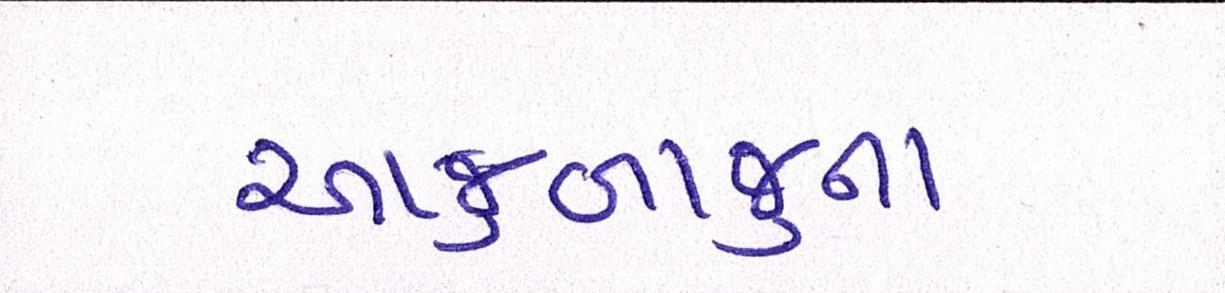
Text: આજુબાજુના